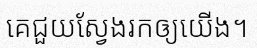
គេជួយស្វែងរកឲ្យយើង។